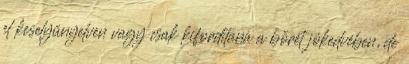
el keselyűnyelven vagy csak kifordítaná a bőrét jókedvében, de